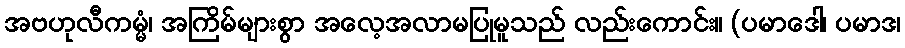
အဗဟုလီကမ္မံ၊ အကြိမ်များစွာ အလေ့အလာမပြုမူသည် လည်းကောင်း။ (ပမာဒေါ၊ ပမာဒ၊